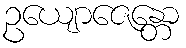
ဥယျောဇေန္တော